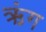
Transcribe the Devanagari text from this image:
ऋंग